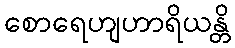
စောရေဟျဟာရိယန္တိ